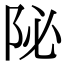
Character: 𨸼